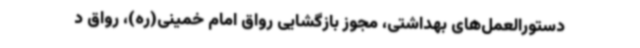
دستورالعمل‌های بهداشتی، مجوز بازگشایی رواق امام خمینی(ره)، رواق د